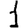
Digit: 1